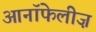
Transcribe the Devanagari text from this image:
आनॉफेलीज़